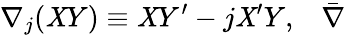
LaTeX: \nabla_{j}(\mathit{X}Y)\equiv\mathit{X}Y^{\prime}-j\mathit{X}^{\prime}Y,\; \; \; \bar{{\nabla}}